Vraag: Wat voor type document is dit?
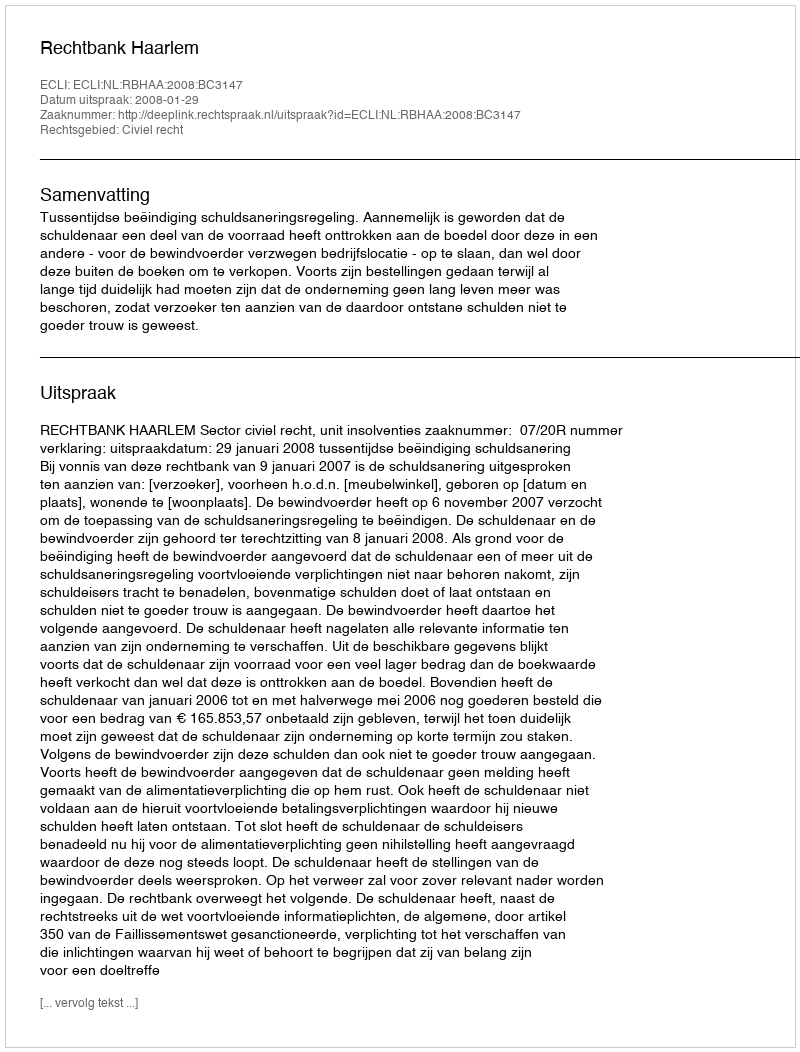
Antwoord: Uitspraak